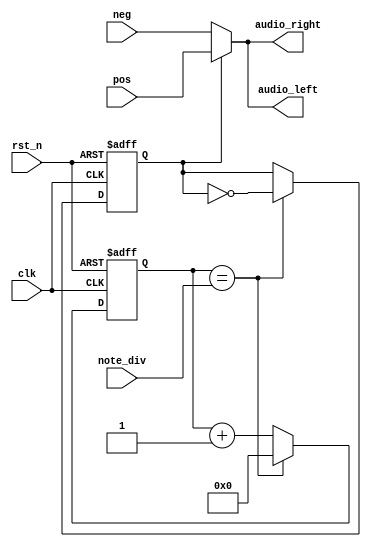
`timescale 1ns / 1ps
//////////////////////////////////////////////////////////////////////////////////
// Company: 
// Engineer: 
// 
// Design Name: 
// Module Name: note_gen
// Project Name: 
// Target Devices: 
// Tool Versions: 
// Description: 
// 
// Dependencies: 
// 
// Revision:
// Revision 0.01 - File Created
// Additional Comments:
// 
//////////////////////////////////////////////////////////////////////////////////

module note_gen(
  clk, // clock from crystal
  rst_n, // active low reset
  note_div, // div for note generation
  audio_left, // left sound audio
  audio_right, // right sound audio
  pos,
  neg
);

// I/O declaration
input clk; // clock from crystal
input rst_n; // active low reset
input [21:0] note_div; // div for note generation
input [15:0] pos, neg;
output [15:0] audio_left; // left sound audio
output [15:0] audio_right; // right sound audio

// Declare internal signals
reg [21:0] clk_cnt_next, clk_cnt;
reg b_clk, b_clk_next;

// Note frequency generation
always @(posedge clk or negedge rst_n)
    if (~rst_n) begin
        clk_cnt <= 22'd0;
        b_clk <= 1'b0;
    end
    else begin
        clk_cnt <= clk_cnt_next;
        b_clk <= b_clk_next;
    end
	 
always @*
    if (clk_cnt == note_div) begin
        clk_cnt_next = 22'd0;
        b_clk_next = ~b_clk;
    end
    else begin
        clk_cnt_next = clk_cnt + 1'b1;
        b_clk_next = b_clk;
    end

// Assign the amplitude of the note
assign audio_left = (b_clk == 1'b0) ? neg : pos;
assign audio_right = (b_clk == 1'b0) ? neg : pos;

endmodule